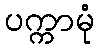
ပက္ကာမုံ